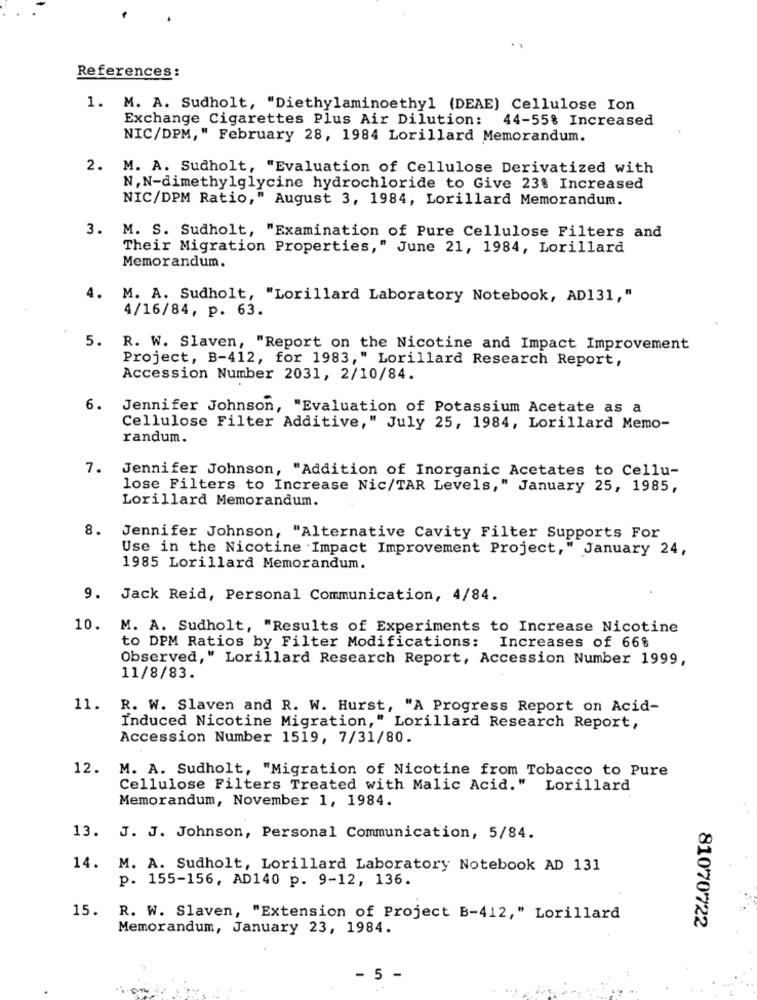
References:
1. M. A. Sudholt, "Diethylaminoethyl (DEAE) Cellulose Ion
Exchange Cigarettes Plus Air Dilution: 44-55% Increased
NIC/DPM," February 28, 1984 Lorillard Memorandum.
2. M. A. Sudholt, "Evaluation of Cellulose Derivatized with
N, N-dimethylglycine hydrochloride to Give 23% Increased
NIC/DPM Ratio," August 3, 1984, Lorillard Memorandum.
3. M. S. Sudholt, "Examination of Pure Cellulose Filters and
Their Migration Properties," June 21, 1984, Lorillard
Memorandum.
4.
M. A. Sudholt, "Lorillard Laboratory Notebook, AD131,"
4/16/84, p. 63.
5.
R. W. Slaven, "Report on the Nicotine and Impact Improvement
Project, B-412, for 1983," Lorillard Research Report,
Accession Number 2031, 2/10/84.
6.
Jennifer Johnson, "Evaluation of Potassium Acetate as a
Cellulose Filter Additive," July 25, 1984, Lorillard Memo-
randum.
7. Jennifer Johnson, "Addition of Inorganic Acetates to Cellu-
lose Filters to Increase Nic/TAR Levels," January 25, 1985,
Lorillard Memorandum.
8.
Jennifer Johnson, "Alternative Cavity Filter Supports For
Use in the Nicotine Impact Improvement Project," January 24,
1985 Lorillard Memorandum.
9. Jack Reid, Personal Communication, 4/84.
10. M. A. Sudholt, "Results of Experiments to Increase Nicotine
to DPM Ratios by Filter Modifications:
Increases of 66%
Observed," Lorillard Research Report, Accession Number 1999,
11/8/83.
11.
R. W. Slaven and R. W. Hurst, "A Progress Report on Acid-
Induced Nicotine Migration," Lorillard Research Report,
Accession Number 1519, 7/31/80.
12.
M. A. Sudholt, "Migration of Nicotine from Tobacco to Pure
Cellulose Filters Treated with Malic Acid." Lorillard
Memorandum, November 1, 1984.
13. J. J. Johnson, Personal Communication, 5/84.
14. M. A. Sudholt, Lorillard Laboratory Notebook AD 131
p. 155-156, AD140 p. 9-12, 136.
15.
R. W. Slaven, "Extension of Project B-412," Lorillard
81070722
Memorandum, January 23, 1984.
- 5 -